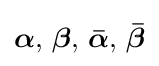
{\boldsymbol {\alpha }},\,{\boldsymbol {\beta }},\,{\boldsymbol {\bar {\alpha }}},\,{\boldsymbol {\bar {\beta }}}